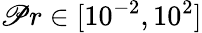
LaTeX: \mathscr{P}r\in[10^{-2},10^{2}]